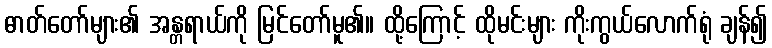
ဓာတ်တော်များ၏ အန္တရာယ်ကို မြင်တော်မူ၏။ ထို့ကြောင့် ထိုမင်းများ ကိုးကွယ်လောက်ရုံ ချန်၍